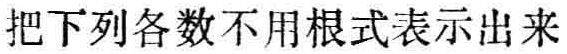
把下列各数不用根式表示出来